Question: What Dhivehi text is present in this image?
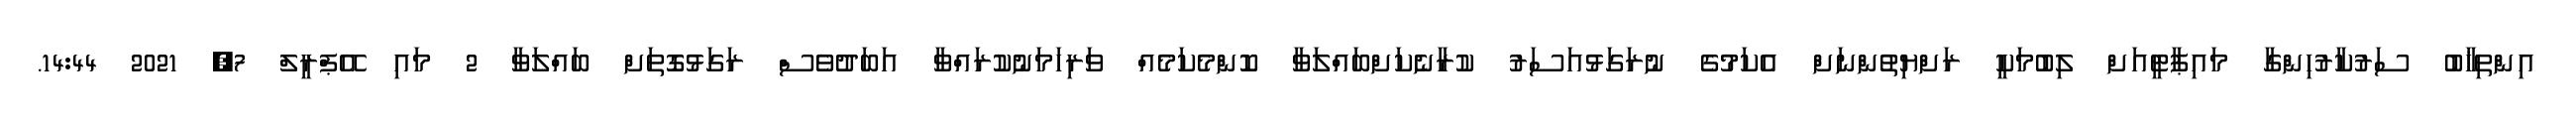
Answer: އިންތިޚާބު ސަރުކާރުހިންގާ މައިޕާޓީއަށް ލިބުމަކީ ރަށްޔިތުންނަށް އެކަމުގެ ނުރަގަޅުއަސަރު ކުރާނެކަށްބައްލަވާ ކޮންމެކަމެއް ވަރިހަމަނުކުރައްވާ އަބަދުވެސް ރަގަޅުގޮތަށް ބައްލަވާ 2 މައި އޭޕްރީލް 7, 2021 14:44.